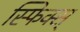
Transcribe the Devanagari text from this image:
स्फिक्स्